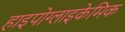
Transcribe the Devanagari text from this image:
हाइपोग्लाइकेमिक